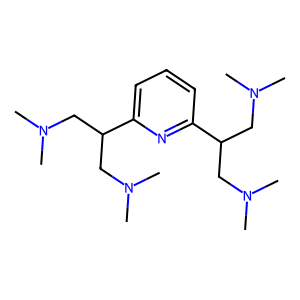
SMILES: CN(C)CC(CN(C)C)c1cccc(C(CN(C)C)CN(C)C)n1
Inhibits HIV replication: No